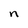
Character: n